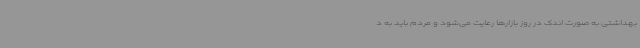
بهداشتی به صورت اندک در روز بازارها رعایت می‌شود و مردم باید به د